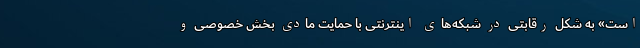
است» به شکل رقابتی در شبکه‌های اینترنتی با حمایت مادی بخش خصوصی و